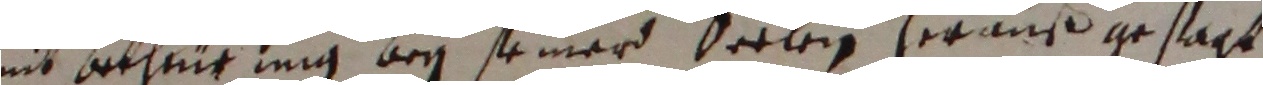
nit bethantung bey seiner seelen herauß gestagt